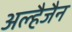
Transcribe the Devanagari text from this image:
अल्हैजैन